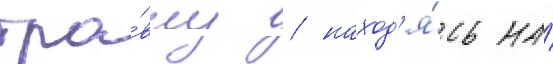
тра́вму / наход'я́сь на́